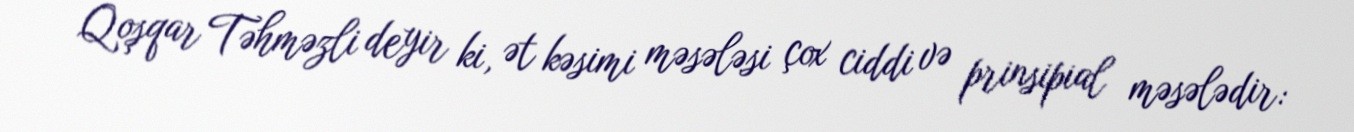
Qoşqar Təhməzli deyir ki, ət kəsimi məsələsi çox ciddi və prinsipial məsələdir: